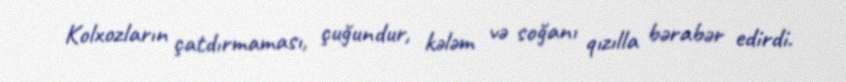
Kolxozların çatdırmaması, çuğundur, kələm və soğanı qızılla bərabər edirdi.